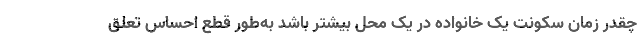
چقدر زمان سکونت یک خانواده در یک محل بیشتر باشد به‌طور قطع احساس تعلق